Document type: Grant of rights
Year: 1254
Scribe: Jaume de Port
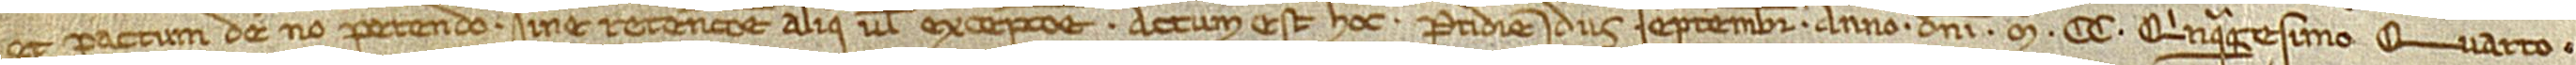
et pactum de non petendo sine retencione aliqua vel excepcione. Actum est hoc pridie idus septembris, anno Domini Mº CC quinquagesimo quarto.